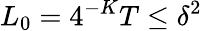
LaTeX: L_{0}=4^{-K}T\le\delta^{2}